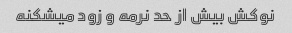
نوکش بیش از حد نرمه و زود میشکنه